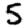
Digit: 5